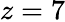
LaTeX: z=7